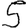
Digit: 5